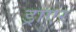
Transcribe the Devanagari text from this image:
ड्राएर